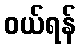
ဝယ်ရန်